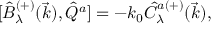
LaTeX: { [ } \hat { B } _ { \lambda } ^ { ( + ) } ( \vec { k } ) , \hat { Q } ^ { a } ] = - k _ { 0 } \hat { C } _ { \lambda } ^ { a ( + ) } ( \vec { k } ) ,